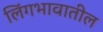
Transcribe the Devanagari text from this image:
लिंगभावातील